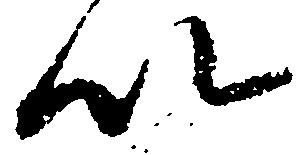
以